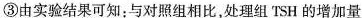
③由实验结果可知：与对照组相比，处理组TSH的增加量